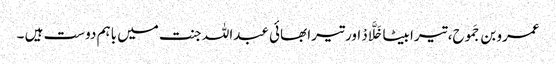
عمرو بن جَموح، تیرا بیٹا خَلَّادْ اور تیرا بھائی عبداللہ جنت میں باہم دوست ہیں ۔